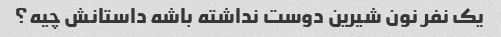
یک نفر نون شیرین دوست نداشته باشه داستانش چیه؟